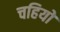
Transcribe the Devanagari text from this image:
चहियो